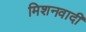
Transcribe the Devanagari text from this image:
मिशनवादी